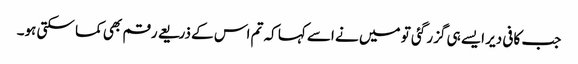
جب کافی دیر ایسے ہی گزر گئی تو میں نے اسے کہا کہ تم اس کے ذریعے رقم بھی کما سکتی ہو۔